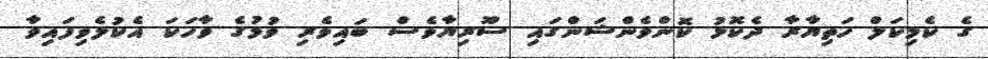
ގެ ކެމިކަލް ހަތިޔާރާ ދެކޮޅު ކޮންވެންޝަންގައި ސޫރިޔާވެސް ބައިވެރި ވުމުގެ ވާހަކަ އެކުލެވިފައިވާ